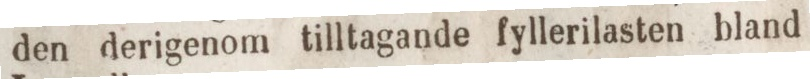
den derigenom tilltagande fyllerilasten bland